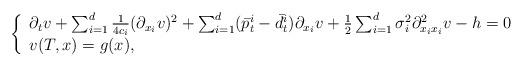
LaTeX: \begin{align*}\left \{\begin{array}{l}\partial_tv+ \sum_{i=1}^d \frac{1}{4c_i}(\partial_{x_i}v)^2+\sum_{i=1}^d (\bar p^i_t-\bar{d}^i_t)\partial_{x_i}v+\frac{1}{2}\sum_{i=1}^d \sigma^2_i \partial^2_{x_ix_i}v-h=0\\v(T,x)=g(x),\end{array}\right .\end{align*}